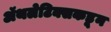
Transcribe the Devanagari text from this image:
ॲथलेटिक्सकडून